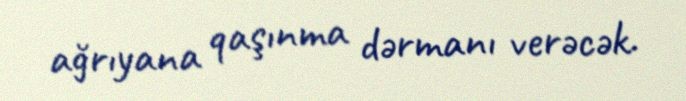
ağrıyana qaşınma dərmanı verəcək.